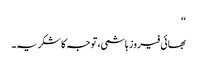
‘‘
بھائی فیروز ہاشمی، توجہ کا شکریہ۔